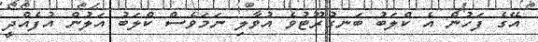
އޭގެ ފަހުން އެ ކްލަބު ބަނގުރޫޓުވެ އުވާލި ނަަމަވެސް ކްލަބު އަލުން އުފެއްދީ